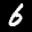
Label: 6